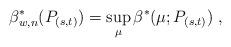
LaTeX: \begin{align*} \beta_{w,n}^*(P_{(s,t)})=\sup_{\mu} \beta^*(\mu;P_{(s,t)})\;, \end{align*}